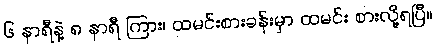
၆ နာရီနဲ့ ၈ နာရီ ကြား၊ ထမင်းစားခန်းမှာ ထမင်း စားလို့ရပြီ။